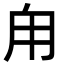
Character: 甪